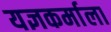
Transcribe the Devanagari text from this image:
यज्ञकर्माला